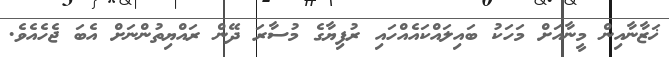
ޚަޒާނާއިން މީނާއަށް މަހަކު ބައިލައްކައެއްހައި ރުފިޔާގެ މުސާރަ ދޭން ރައްޔިތުންނަށް އެބަ ޖެހެއެވެ.